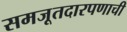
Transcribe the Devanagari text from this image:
समजूतदारपणाची